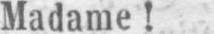
Madame!